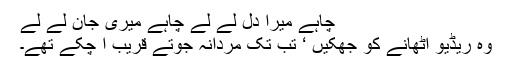
چاہے میرا دل لے لے چاہے میری جان لے لے
وہ ریڈیو اٹھانے کو جھکیں ‘ تب تک مردانہ جوتے قریب آ چکے تھے۔